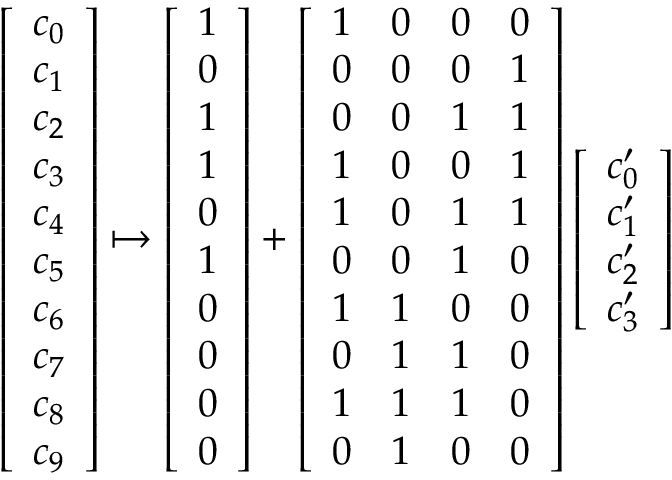
\begin{array} { r } { \left[ \begin{array} { l } { c _ { 0 } } \\ { c _ { 1 } } \\ { c _ { 2 } } \\ { c _ { 3 } } \\ { c _ { 4 } } \\ { c _ { 5 } } \\ { c _ { 6 } } \\ { c _ { 7 } } \\ { c _ { 8 } } \\ { c _ { 9 } } \end{array} \right] \mapsto \left[ \begin{array} { l } { 1 } \\ { 0 } \\ { 1 } \\ { 1 } \\ { 0 } \\ { 1 } \\ { 0 } \\ { 0 } \\ { 0 } \\ { 0 } \end{array} \right] + \left[ \begin{array} { l l l l } { 1 } & { 0 } & { 0 } & { 0 } \\ { 0 } & { 0 } & { 0 } & { 1 } \\ { 0 } & { 0 } & { 1 } & { 1 } \\ { 1 } & { 0 } & { 0 } & { 1 } \\ { 1 } & { 0 } & { 1 } & { 1 } \\ { 0 } & { 0 } & { 1 } & { 0 } \\ { 1 } & { 1 } & { 0 } & { 0 } \\ { 0 } & { 1 } & { 1 } & { 0 } \\ { 1 } & { 1 } & { 1 } & { 0 } \\ { 0 } & { 1 } & { 0 } & { 0 } \end{array} \right] \left[ \begin{array} { l } { c _ { 0 } ^ { \prime } } \\ { c _ { 1 } ^ { \prime } } \\ { c _ { 2 } ^ { \prime } } \\ { c _ { 3 } ^ { \prime } } \end{array} \right] } \end{array}